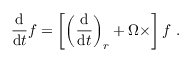
{ \frac { \mathrm { d } } { \mathrm { d } t } } { \boldsymbol { f } } = \left[ \left( { \frac { \mathrm { d } } { \mathrm { d } t } } \right) _ { r } + { \boldsymbol { \Omega \times } } \right] { \boldsymbol { f } } \ .